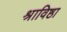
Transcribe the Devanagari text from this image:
श्राविष्ठा